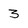
Character: 3